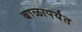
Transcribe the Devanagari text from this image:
बाळापर्यंत